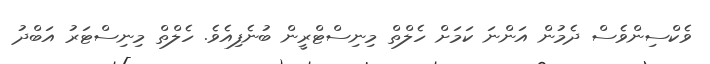
ވެކްސިންވެސް ދެމުން އަންނަ ކަމަށް ހެލްތް މިނިސްޓްރީން ބުނެފިއެވެ. ހެލްތް މިނިސްޓަރު އަބްދު